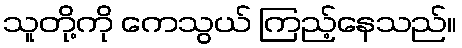
သူတို့ကို ကေသွယ် ကြည့်နေသည်။